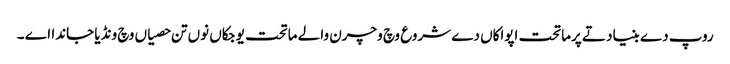
روپ دے بنیاد تے پرماتحت اپواکاں دے شروع وچ وچرن والے ماتحت یوجکاں نوں تن حصیاں وچ ونڈیا جاندا اے ۔